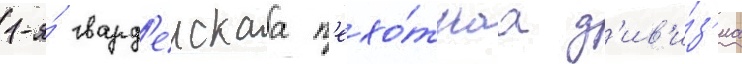
1-я́ гвард'еискаа п'ехо́тнаа д'ив'и́з'иа